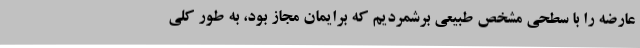
عارضه را با سطحی مشخص طبیعی برشمردیم که برایمان مجاز بود، به طور کلی